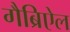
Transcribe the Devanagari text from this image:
गैब्रिऐल